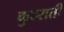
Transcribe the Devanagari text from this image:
कुदराती